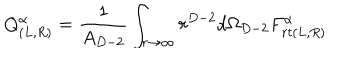
Q _ { ( L , R ) } ^ { \alpha } = \frac { 1 } { A _ { D - 2 } } \int _ { r \to \infty } r ^ { D - 2 } d \Omega _ { D - 2 } F _ { r t ( L , R ) } ^ { \alpha }